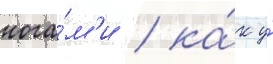
нога́м'и / ка́к у́